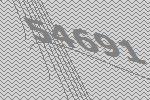
54691